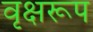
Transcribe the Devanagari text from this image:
वृक्षरूप